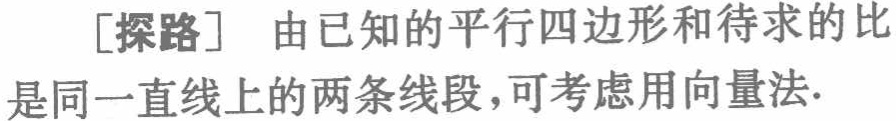
[探路] 由已知的平行四边形和待求的比是同一直线上的两条线段，可考虑用向量法.